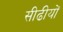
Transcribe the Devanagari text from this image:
सीढीयों